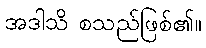
အဒါသိ စသည်ဖြစ်၏။